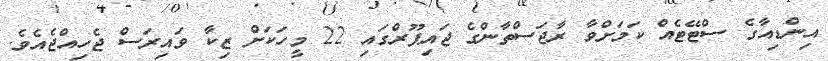
އިންޑިއާގެ ސްޓޭޓެއް ކަމަށްވާ ރާޖަސްތާންގެ ޖައިޕޫރްގައި 22 މީހަކަށް ޒިކާ ވައިރަސް ޖެހިއްޖެއެވެ.